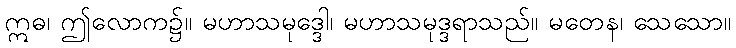
ဣဓ၊ ဤလောက၌။ မဟာသမုဒ္ဒေါ၊ မဟာသမုဒ္ဒရာသည်။ မတေန၊ သေသော။